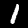
Digit: 1